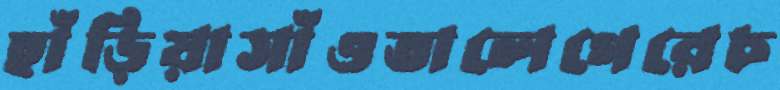
হাঁড়িয়াসাঁওতালেগেরেচ